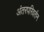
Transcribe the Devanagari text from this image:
अंतरपरिवर्तन